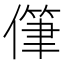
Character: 𰂯